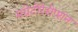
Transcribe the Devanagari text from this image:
मग्नेटोरेसेप्शन